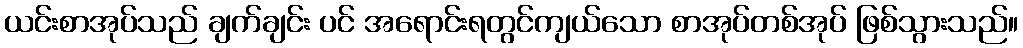
ယင်းစာအုပ်သည် ချက်ချင်း ပင် အရောင်းရတွင်ကျယ်သော စာအုပ်တစ်အုပ် ဖြစ်သွားသည်။